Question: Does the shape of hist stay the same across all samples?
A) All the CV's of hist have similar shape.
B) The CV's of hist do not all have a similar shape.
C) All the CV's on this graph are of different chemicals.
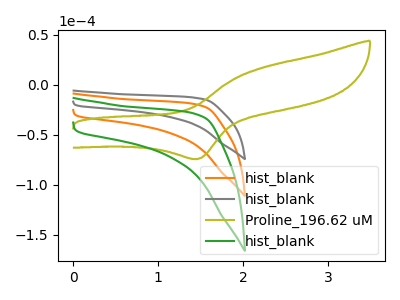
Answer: <think>The orange curve "hist_blank" has no peaks. The gray curve "hist_blank" has no peaks. The olive curve "Proline_196.62 uM" has an anodic peak at (2.20V, 16.25uA) and a cathodic peak at (1.45V, -74.35uA). The green curve "hist_blank" has no peaks.
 Neither "hist_blank" or "hist_blank" have any peaks. "hist_blank" and "Proline_196.62 uM" have a different number of peaks. Neither "hist_blank" or "hist_blank" have any peaks. "hist_blank" and "Proline_196.62 uM" have a different number of peaks. Neither "hist_blank" or "hist_blank" have any peaks. "Proline_196.62 uM" and "hist_blank" have a different number of peaks.</think>
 <answer>A) All the CV's of "hist" have similar shape.</answer>
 <eval>A</eval>